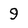
Character: 9